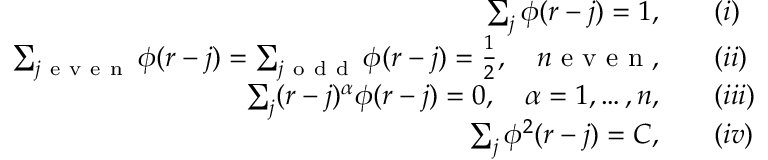
\begin{array} { r l } { \sum _ { j } \phi ( r - j ) = 1 , } & { { } \quad ( \romannumeral 1 ) } \\ { \sum _ { j \mathrm { ~ e ~ v ~ e ~ n ~ } } \phi ( r - j ) = \sum _ { j \mathrm { ~ o ~ d ~ d ~ } } \phi ( r - j ) = \frac { 1 } { 2 } , \quad n \mathrm { ~ e ~ v ~ e ~ n ~ } , } & { { } \quad ( \romannumeral 2 ) } \\ { \sum _ { j } ( r - j ) ^ { \alpha } \phi ( r - j ) = 0 , \quad \alpha = 1 , \ldots , n , } & { { } \quad ( \romannumeral 3 ) } \\ { \sum _ { j } \phi ^ { 2 } ( r - j ) = C , } & { { } \quad ( \romannumeral 4 ) } \end{array}